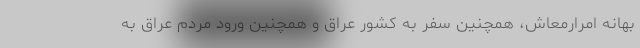
بهانه امرارمعاش، همچنین سفر به کشور عراق و همچنین ورود مردم عراق به